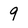
Character: 9